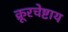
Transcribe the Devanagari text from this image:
क्रूरचेष्टाय